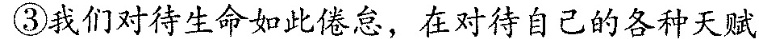
③我们对待生命如此，在对待自己的各种天赋